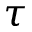
\tau